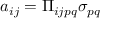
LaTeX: a _ { i j } = \Pi _ { i j p q } \sigma _ { p q }